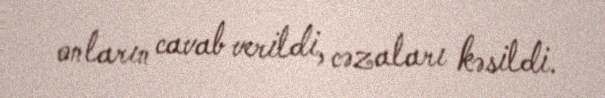
onların cavab verildi, cəzaları kəsildi.